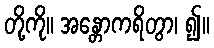
တို့ကို။ အန္တောကရိတွာ၊ ၍။